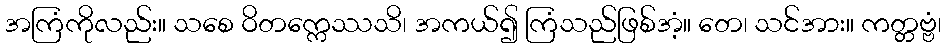
အကြံကိုလည်း။ သစေ ဝိတက္ကေဿသိ၊ အကယ်၍ ကြံသည်ဖြစ်အံ့။ တေ၊ သင်အား။ ကတ္တဗ္ဗံ၊